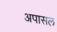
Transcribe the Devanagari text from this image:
अपासल